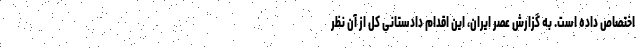
اختصاص داده است. به گزارش عصر ایران، این اقدام دادستانی کل از آن نظر